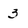
Character: 3